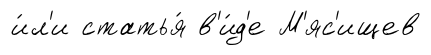
и́л'и статья́ в'и́д'е М'яс'ищев